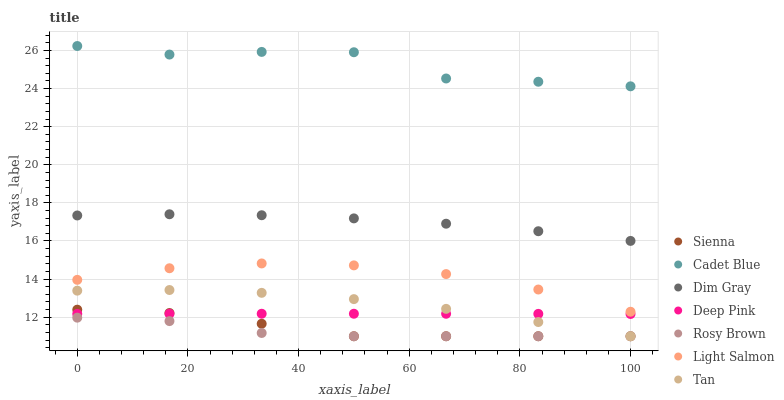
| xaxis_label | Sienna | Cadet Blue | Dim Gray | Deep Pink | Rosy Brown | Light Salmon | Tan |
 | --- | --- | --- | --- | --- | --- | --- | --- |
 | 0 | 12.4 | 26.2 | 17.3 | 12.2 | 12 | 14 | 13.4 |
 | 16.7 | 12.2 | 25.8 | 17.4 | 12.2 | 11.8 | 14.6 | 13.4 |
 | 33.3 | 11.7 | 25.9 | 17.4 | 12.2 | 11.2 | 14.8 | 13.3 |
 | 50 | 11 | 25.9 | 17.2 | 12.2 | 11 | 14.7 | 12.9 |
 | 66.7 | 11 | 24.5 | 16.9 | 12.2 | 11 | 14.3 | 12.4 |
 | 83.3 | 11 | 24.4 | 16.5 | 12.2 | 11 | 13.5 | 11.7 |
 | 100 | 11 | 24.1 | 16 | 12.2 | 11 | 12.3 | 11 |